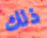
ذلك